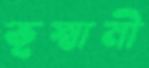
ভূস্বামী